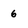
Character: 6